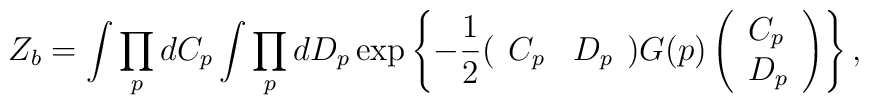
Z_{b} = \int\prod_pdC_{p}\int\prod_pdD_p\exp \left\{-\frac{1}{2}(\begin{array}{ll} C_p & D_p\end{array})G(p) \left(\begin{array}{l}C_p \\D_p\end{array}\right)\right\},